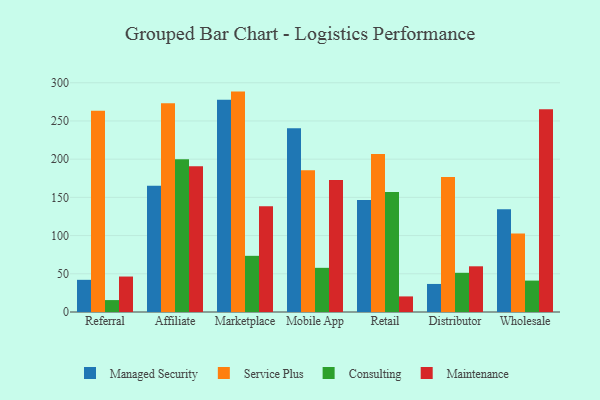
{"axis": {"x": "Channel", "y": "Budget (USD K)"}, "legend": ["Consulting", "Maintenance", "Managed Security", "Service Plus"], "data": [{"x": "Referral", "y": 42.1, "type": "Managed Security"}, {"x": "Referral", "y": 263.3, "type": "Service Plus"}, {"x": "Referral", "y": 15.6, "type": "Consulting"}, {"x": "Referral", "y": 46.4, "type": "Maintenance"}, {"x": "Affiliate", "y": 165.2, "type": "Managed Security"}, {"x": "Affiliate", "y": 273.1, "type": "Service Plus"}, {"x": "Affiliate", "y": 200.0, "type": "Consulting"}, {"x": "Affiliate", "y": 190.6, "type": "Maintenance"}, {"x": "Marketplace", "y": 277.7, "type": "Managed Security"}, {"x": "Marketplace", "y": 288.4, "type": "Service Plus"}, {"x": "Marketplace", "y": 73.5, "type": "Consulting"}, {"x": "Marketplace", "y": 138.5, "type": "Maintenance"}, {"x": "Mobile App", "y": 240.3, "type": "Managed Security"}, {"x": "Mobile App", "y": 185.4, "type": "Service Plus"}, {"x": "Mobile App", "y": 57.8, "type": "Consulting"}, {"x": "Mobile App", "y": 172.7, "type": "Maintenance"}, {"x": "Retail", "y": 146.4, "type": "Managed Security"}, {"x": "Retail", "y": 206.9, "type": "Service Plus"}, {"x": "Retail", "y": 157.0, "type": "Consulting"}, {"x": "Retail", "y": 20.4, "type": "Maintenance"}, {"x": "Distributor", "y": 36.7, "type": "Managed Security"}, {"x": "Distributor", "y": 176.6, "type": "Service Plus"}, {"x": "Distributor", "y": 51.3, "type": "Consulting"}, {"x": "Distributor", "y": 59.8, "type": "Maintenance"}, {"x": "Wholesale", "y": 134.4, "type": "Managed Security"}, {"x": "Wholesale", "y": 102.6, "type": "Service Plus"}, {"x": "Wholesale", "y": 41.1, "type": "Consulting"}, {"x": "Wholesale", "y": 265.2, "type": "Maintenance"}]}